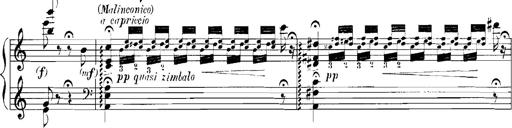
Title: Rhapsodies hongroises
Composer: Franz Liszt